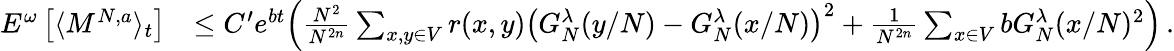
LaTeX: \begin{array}{rl}{E^{\omega}\left[\langle M^{N,a}\rangle_{t}\right]}&{\leq C^{\prime}e^{bt}\Big(\frac{N^{2}}{N^{2n}}\sum_{x,y\in V}r(x,y)\left(G_{N}^{\lambda}(y/N)-G_{N}^{\lambda}(x/N)\right)^{2}+\frac{1}{N^{2n}}\sum_{x\in V}bG_{N}^{\lambda}(x/N)^{2}\Big)\, .}\end{array}